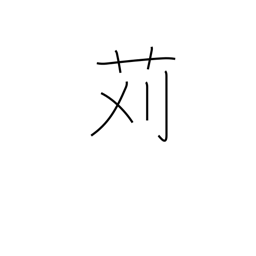
Meaning: cutting (grass)